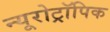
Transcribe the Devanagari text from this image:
न्यूरोट्रॉपिक